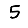
Digit: 5